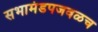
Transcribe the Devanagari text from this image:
सभामंडपजवळच